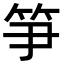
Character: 𥬁